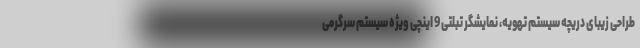
طراحی زیبای دریچه سیستم تهویه، نمایشگر تبلتی 9 اینچی ویژه سیستم سرگرمی